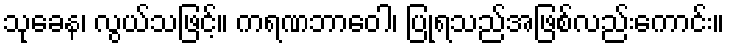
သုခေန၊ လွယ်သဖြင့်။ ကရဏဘာဝေါ၊ ပြုရသည်အဖြစ်လည်းကောင်း။